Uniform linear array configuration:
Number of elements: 16
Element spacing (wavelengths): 0.75
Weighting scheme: cosine
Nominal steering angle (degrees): -45
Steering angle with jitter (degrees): -45.574
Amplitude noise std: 0.05
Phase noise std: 0.05

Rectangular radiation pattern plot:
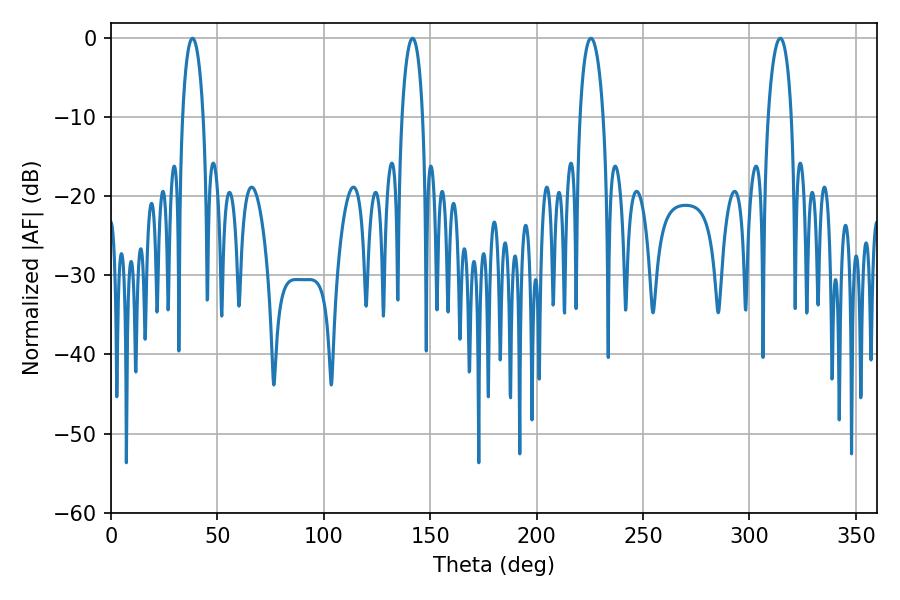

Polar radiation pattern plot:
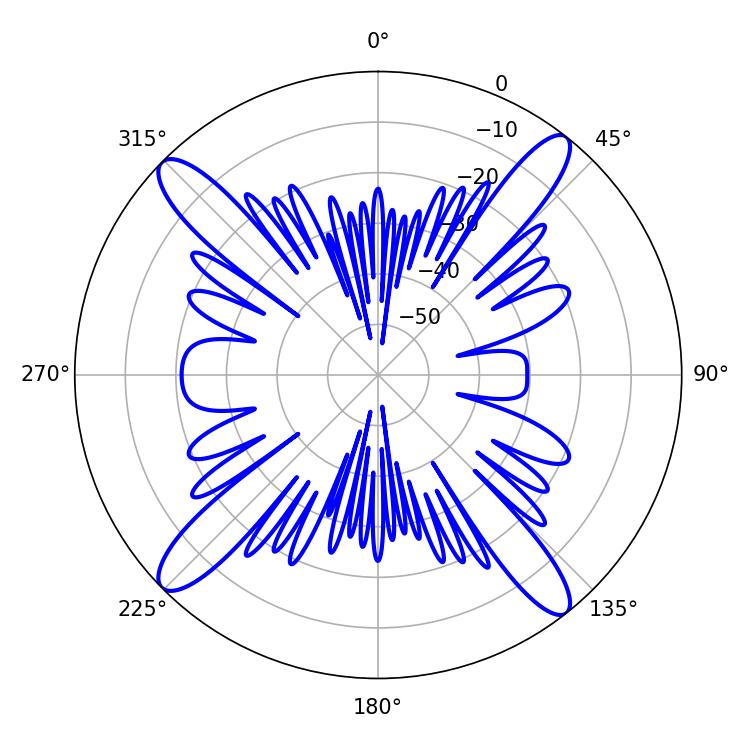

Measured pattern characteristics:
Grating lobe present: TRUE
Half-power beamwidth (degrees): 6.3
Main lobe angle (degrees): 225.54